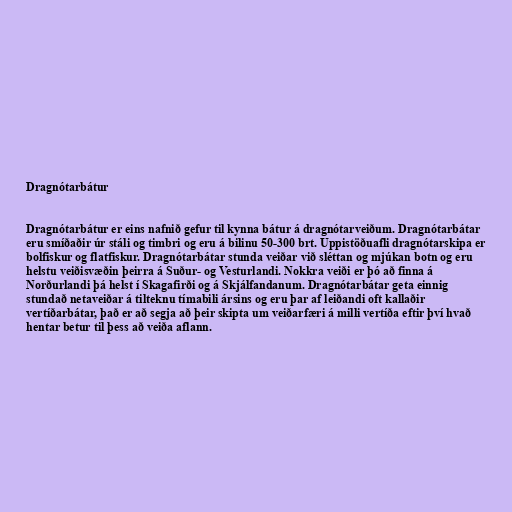
Dragnótarbátur

Dragnótarbátur er eins nafnið gefur til kynna bátur á dragnótarveiðum. Dragnótarbátar
eru smíðaðir úr stáli og timbri og eru á bilinu 50-300 brt. Uppistöðuafli dragnótarskipa er
bolfiskur og flatfiskur. Dragnótarbátar stunda veiðar við sléttan og mjúkan botn og eru
helstu veiðisvæðin þeirra á Suður- og Vesturlandi. Nokkra veiði er þó að finna á
Norðurlandi þá helst í Skagafirði og á Skjálfandanum. Dragnótarbátar geta einnig
stundað netaveiðar á tilteknu tímabili ársins og eru þar af leiðandi oft kallaðir
vertíðarbátar, það er að segja að þeir skipta um veiðarfæri á milli vertíða eftir því hvað
hentar betur til þess að veiða aflann.